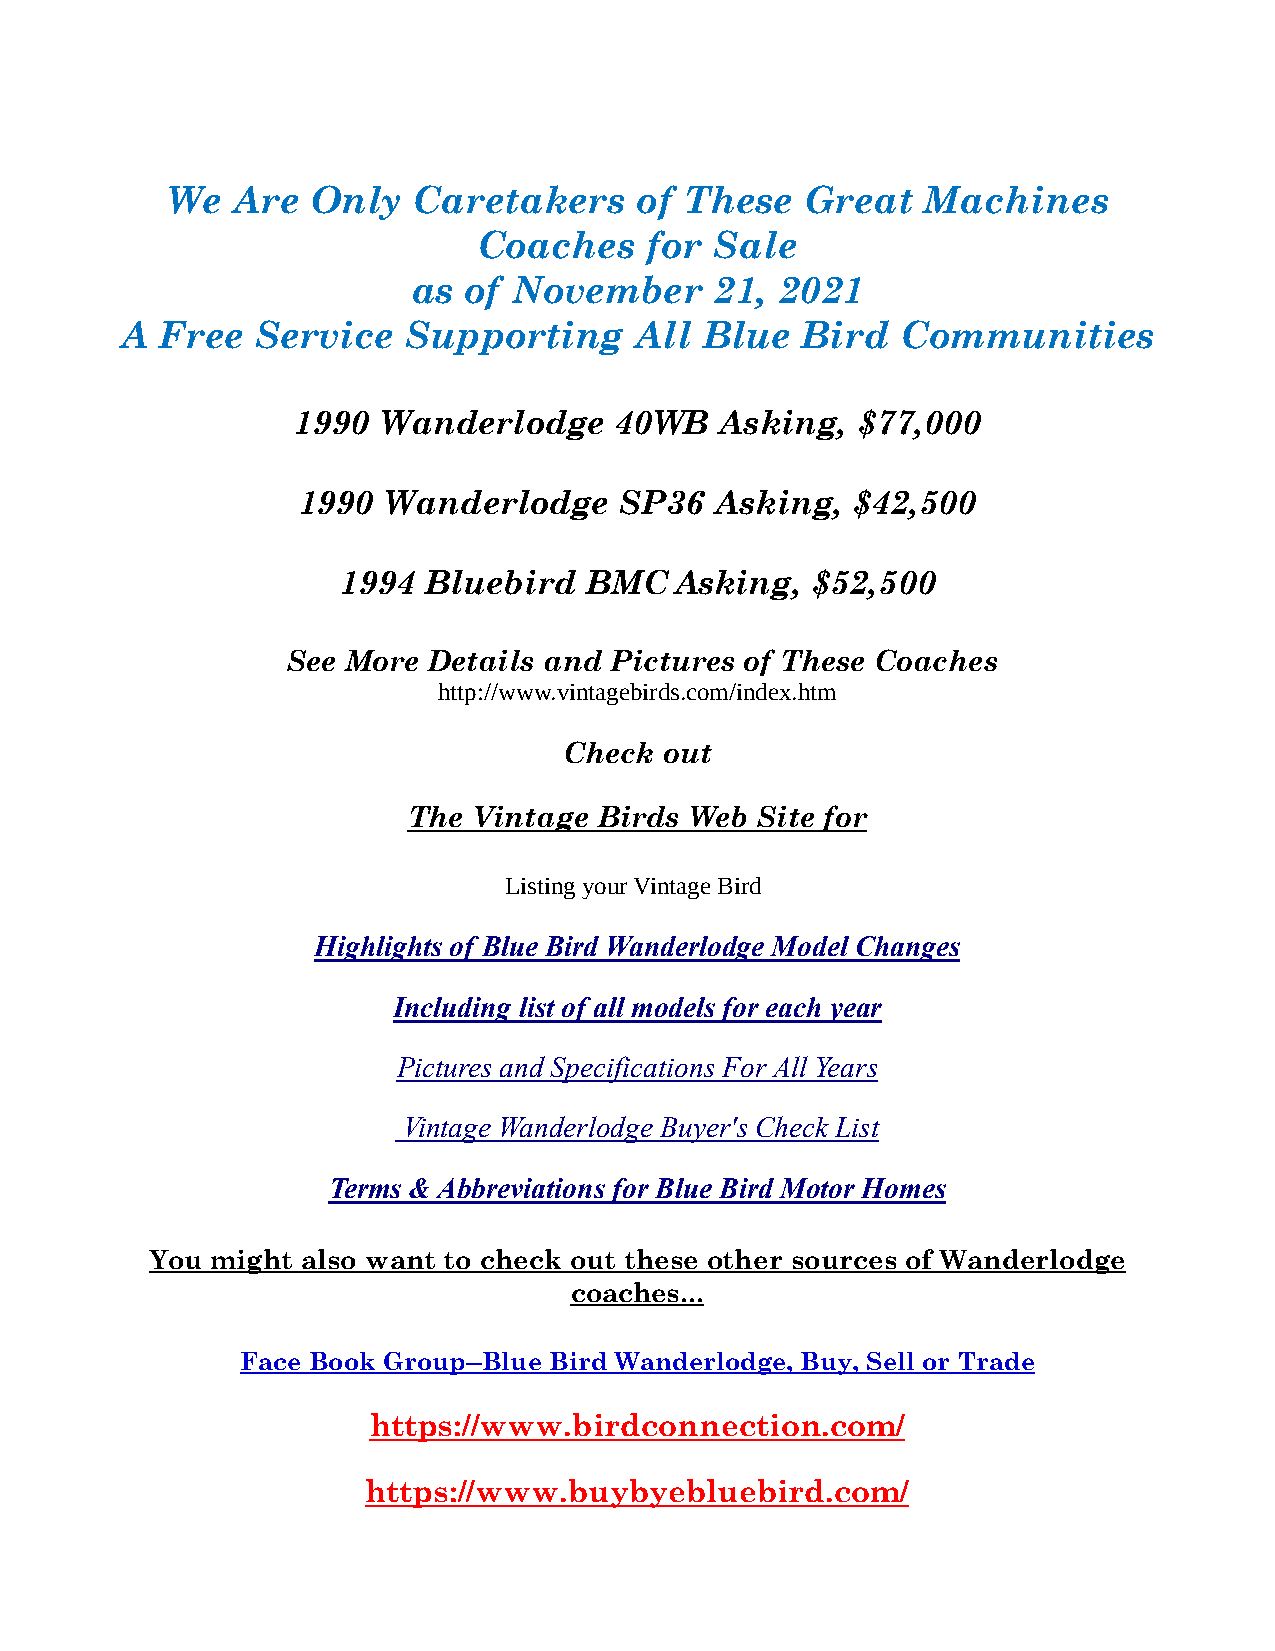
We  Are   Only  Caretakers     of These   Great   Machines
 Coaches    for Sale
 as  of November     21, 2021
 A  Free  Service   Supporting     All  Blue  Bird   Communities
 1990  Wanderlodge     40WB   Asking,  $77,000
 1990 Wanderlodge     SP36  Asking,  $42,500
 1994  Bluebird   BMC   Asking,  $52,500
 See More Details and Pictures of These Coaches
 http://www.vintagebirds.com/index.htm
 Check  out
 The Vintage  Birds Web Site for
 Listing your Vintage Bird
 Highlights of Blue Bird Wanderlodge Model Changes
 Including list of all models for each year
 Pictures and Specifications For All Years
 Vintage Wanderlodge Buyer's Check List
 Terms & Abbreviations for Blue Bird Motor Homes
 You might also want to check out these other sources of Wanderlodge
 coaches...
 Face Book Group--Blue Bird Wanderlodge, Buy, Sell or Trade
 https://www.birdconnection.com/
 https://www.buybyebluebird.com/